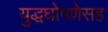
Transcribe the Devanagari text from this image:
युद्धघोषणेसह